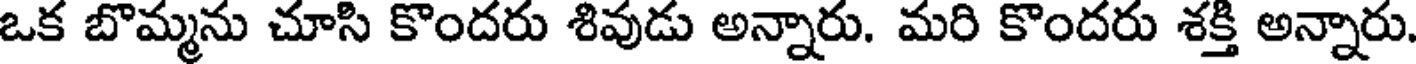
ఒక బొమ్మను చూసి కొందరు శివుడు అన్నారు. మరి కొందరు శక్తి అన్నారు.